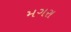
મગરા